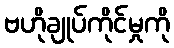
ဗဟိုချုပ်ကိုင်မှုကို